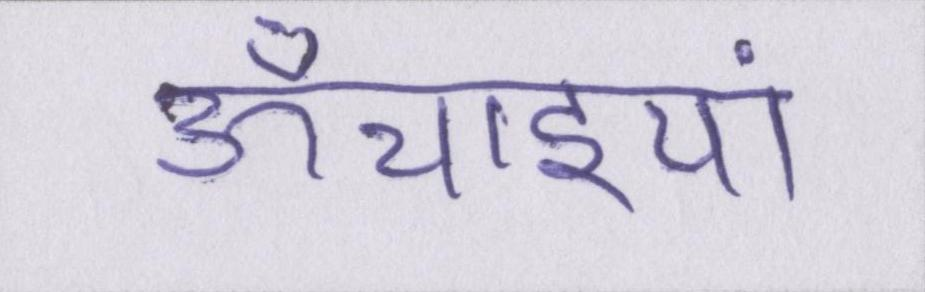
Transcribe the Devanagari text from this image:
ऊँचाइयां